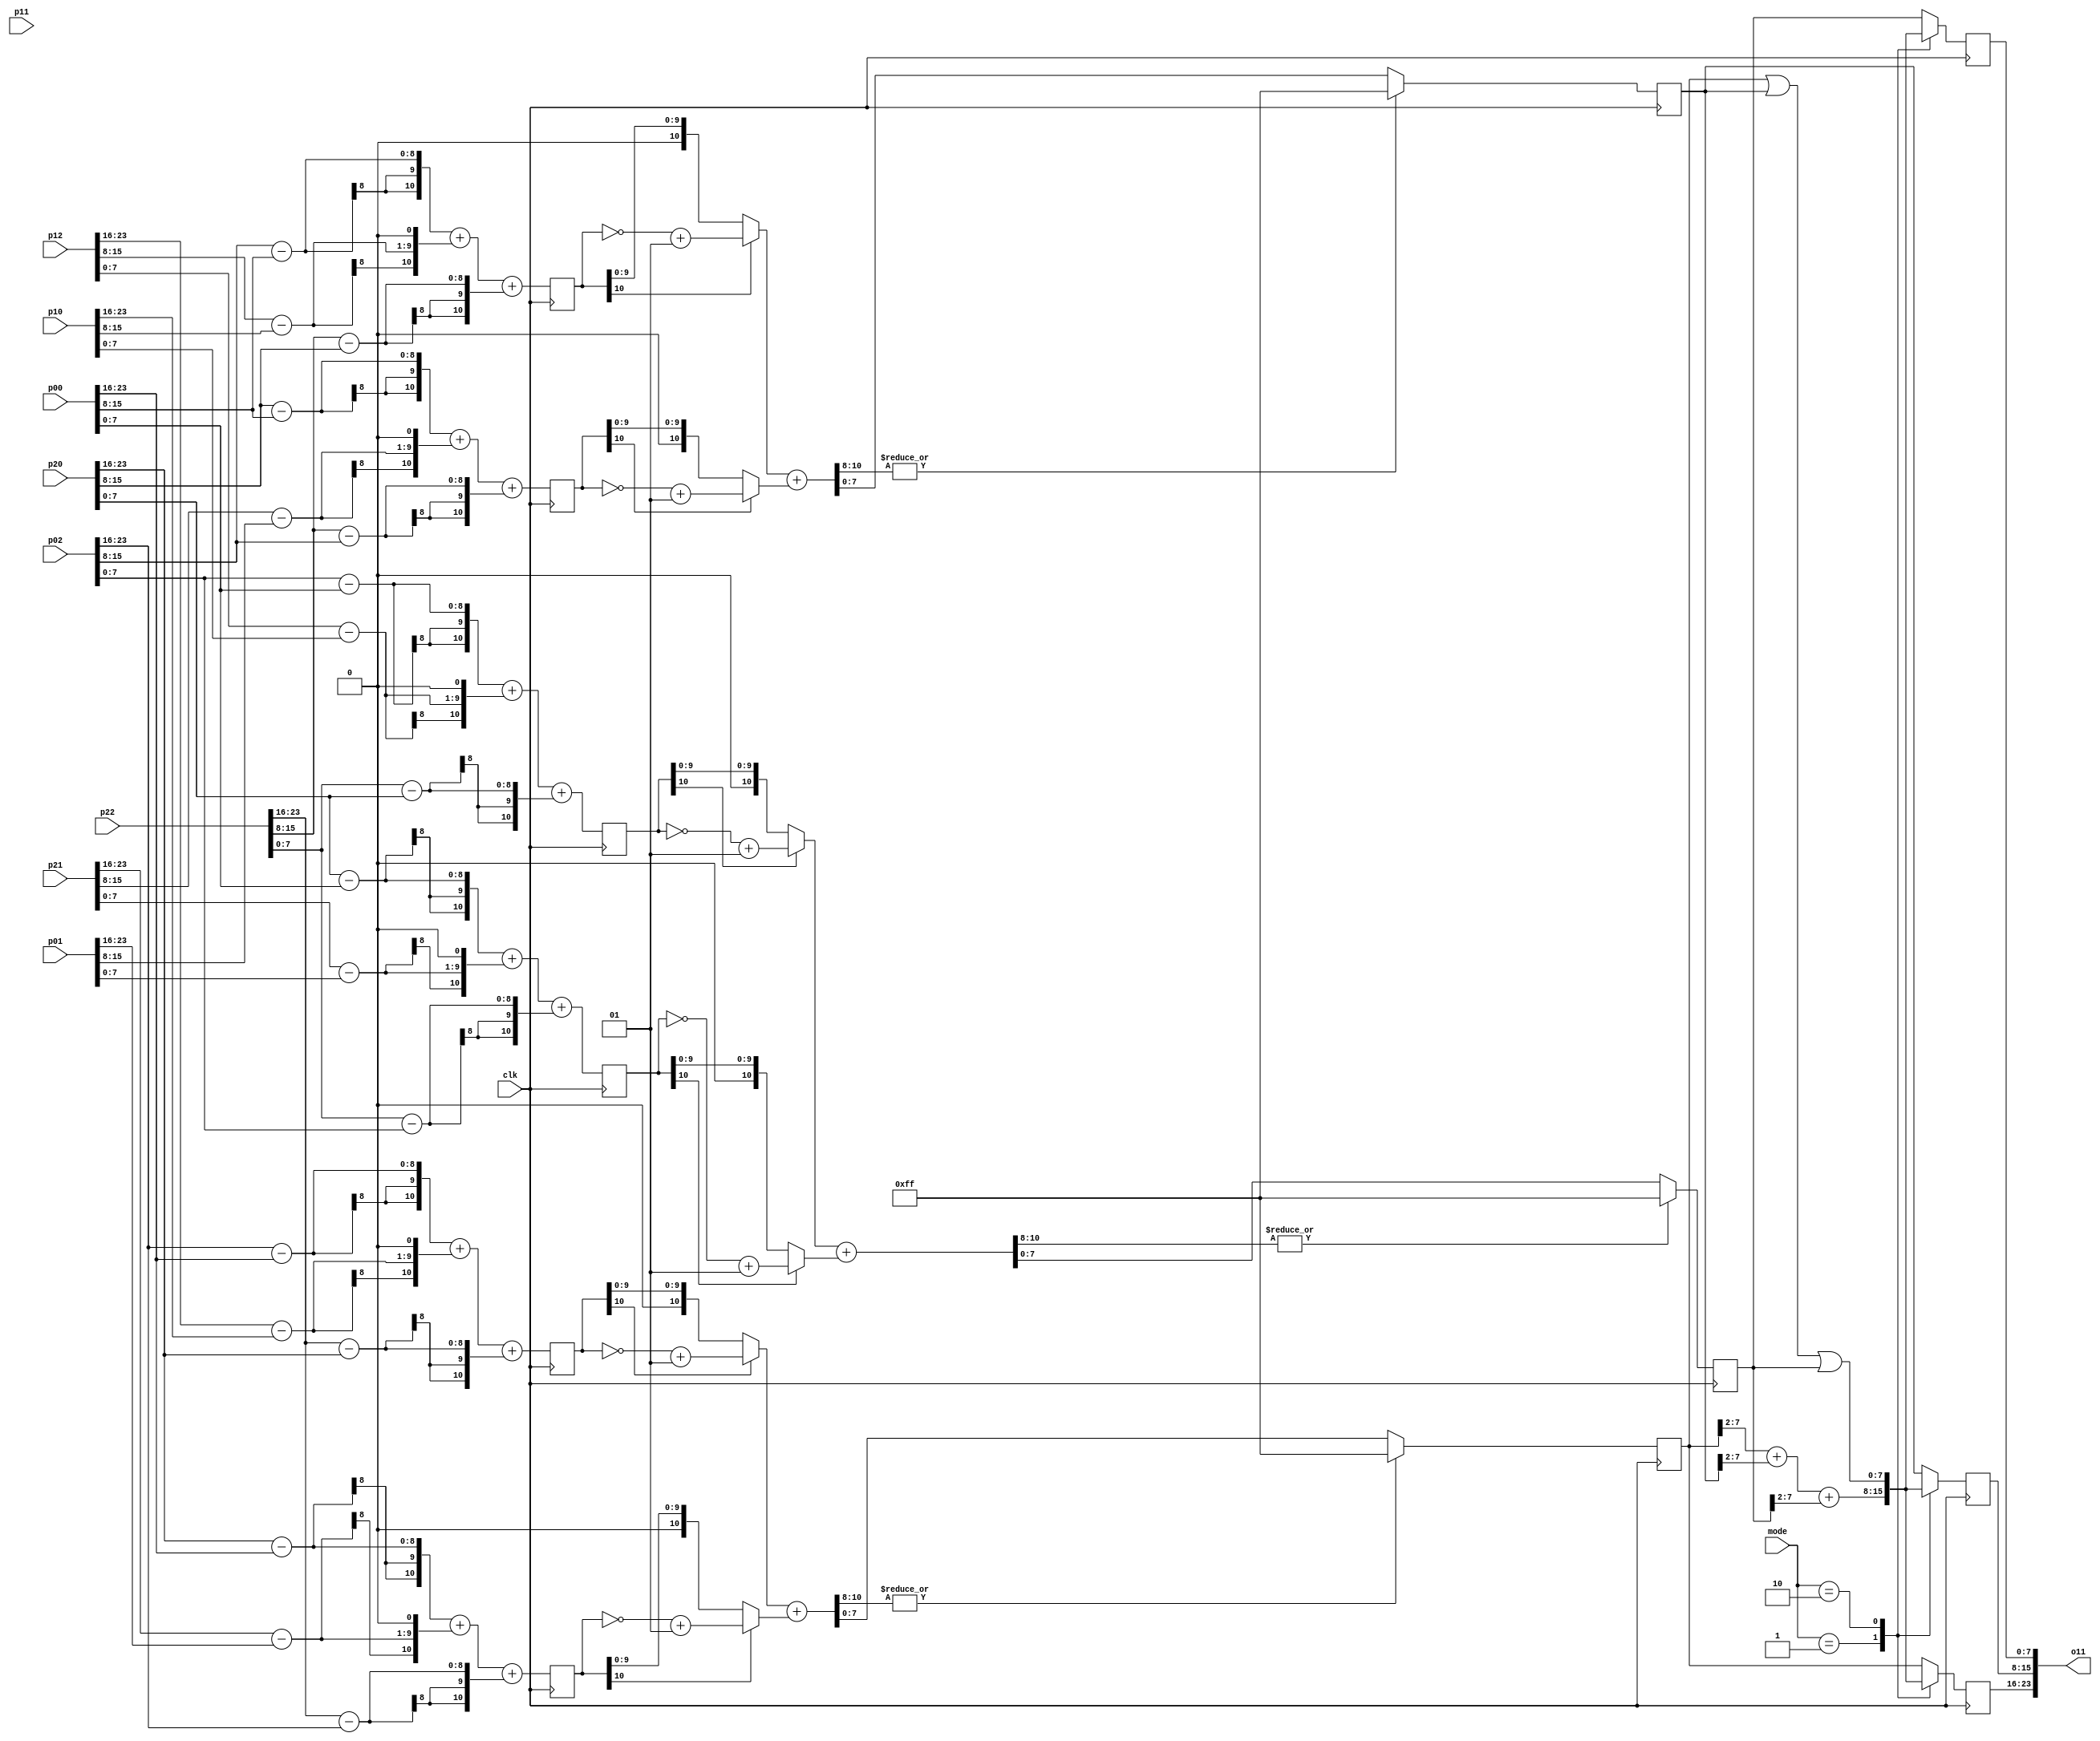
`timescale 1ns / 1ps
//////////////////////////////////////////////////////////////////////////////////
// Company: 
// Engineer: 
// 
// Design Name: 
// Module Name: sobel_kernel
// Project Name: 
// Target Devices: 
// Tool Versions: 
// Description: 
// 
// Dependencies: 
// 
// Revision:
// Revision 0.01 - File Created
// Additional Comments:
// 
//////////////////////////////////////////////////////////////////////////////////


module sobel_kernel(
    input clk,
    input [1:0] mode,
    input [23:0] p00,
    input [23:0] p01,
    input [23:0] p02,
    input [23:0] p10,
    input [23:0] p11,
    input [23:0] p12,
    input [23:0] p20,
    input [23:0] p21,
    input [23:0] p22,
    output [23:0] o11
    );

    reg signed [10:0] gx_r_e1, gx_g_e1, gx_b_e1;
    reg signed [10:0] gy_r_e1, gy_g_e1, gy_b_e1;

    always @ (posedge clk) begin
        gx_r_e1 <= ( ( p02[23:16] - p00[23:16]) +
                     ((p12[23:16] - p10[23:16])<<1) +
                     ( p22[23:16] - p20[23:16]) );
        gx_g_e1 <= ( ( p02[15:8] - p00[15:8]) +
                     ((p12[15:8] - p10[15:8])<<1) +
                     ( p22[15:8] - p20[15:8]) );
        gx_b_e1 <= ( ( p02[7:0] - p00[7:0]) +
                     ((p12[7:0] - p10[7:0])<<1) +
                     ( p22[7:0] - p20[7:0]) );

        gy_r_e1 <= ( ( p20[23:16] - p00[23:16]) +
                     ((p21[23:16] - p01[23:16])<<1) +
                     ( p22[23:16] - p02[23:16]) );
        gy_g_e1 <= ( ( p20[15:8] - p00[15:8]) +
                     ((p21[15:8] - p01[15:8])<<1) +
                     ( p22[15:8] - p02[15:8]) );
        gy_b_e1 <= ( ( p20[7:0] - p00[7:0]) +
                     ((p21[7:0] - p01[7:0])<<1) +
                     ( p22[7:0] - p02[7:0]) );
    end

    wire [10:0] abs_gx_r_e1, abs_gx_g_e1, abs_gx_b_e1;
    wire [10:0] abs_gy_r_e1, abs_gy_g_e1, abs_gy_b_e1;
    assign abs_gx_r_e1 = gx_r_e1[10]? ~gx_r_e1+1 : gx_r_e1;
    assign abs_gx_g_e1 = gx_g_e1[10]? ~gx_g_e1+1 : gx_g_e1;
    assign abs_gx_b_e1 = gx_b_e1[10]? ~gx_b_e1+1 : gx_b_e1;
    assign abs_gy_r_e1 = gy_r_e1[10]? ~gy_r_e1+1 : gy_r_e1;
    assign abs_gy_g_e1 = gy_g_e1[10]? ~gy_g_e1+1 : gy_g_e1;
    assign abs_gy_b_e1 = gy_b_e1[10]? ~gy_b_e1+1 : gy_b_e1;

    wire [10:0] grad_r_e1, grad_g_e1, grad_b_e1;
    assign grad_r_e1 = abs_gx_r_e1 + abs_gy_r_e1;
    assign grad_g_e1 = abs_gx_g_e1 + abs_gy_g_e1;
    assign grad_b_e1 = abs_gx_b_e1 + abs_gy_b_e1;

    reg [7:0] grad_r_e2, grad_g_e2, grad_b_e2;
    always @ (posedge clk) begin
        grad_r_e2 <= (|grad_r_e1[10:8])? 8'hFF : grad_r_e1[7:0];
        grad_g_e2 <= (|grad_g_e1[10:8])? 8'hFF : grad_g_e1[7:0];
        grad_b_e2 <= (|grad_b_e1[10:8])? 8'hFF : grad_b_e1[7:0];
    end

    reg [7:0] grad_r_e3, grad_g_e3, grad_b_e3;
    always @ (posedge clk) begin
        case (mode)
            2'b01: begin
                grad_r_e3 <= (grad_r_e2>>2) + (grad_g_e2>>2) + (grad_b_e2>>2);
                grad_g_e3 <= (grad_r_e2>>2) + (grad_g_e2>>2) + (grad_b_e2>>2);
                grad_b_e3 <= (grad_r_e2>>2) + (grad_g_e2>>2) + (grad_b_e2>>2);
            end
            2'b10: begin
                grad_r_e3 <= grad_r_e2 | grad_g_e2 | grad_b_e2;
                grad_g_e3 <= grad_r_e2 | grad_g_e2 | grad_b_e2;
                grad_b_e3 <= grad_r_e2 | grad_g_e2 | grad_b_e2;
                end
            default: begin
                grad_r_e3 <= grad_r_e2;
                grad_g_e3 <= grad_g_e2;
                grad_b_e3 <= grad_b_e2;
            end
        endcase
    end

    assign o11 = {grad_r_e3, grad_g_e3, grad_b_e3};

endmodule